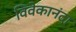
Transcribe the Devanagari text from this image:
विवेकानंदा